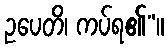
ဥပေတိ၊ ကပ်ရ၏”။